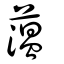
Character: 薀